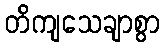
တိကျသေချာစွာ